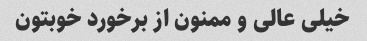
خیلی عالی و ممنون از برخورد خوبتون